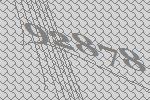
92878